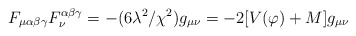
\begin{align*}F_{\mu\alpha\beta\gamma}F_{\nu}^{\alpha\beta\gamma}=-(6\lambda^{2}/\chi^{2})g_{\mu\nu}=-2[V(\varphi)+M]g_{\mu\nu}\end{align*}